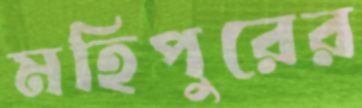
মহিপুরের